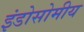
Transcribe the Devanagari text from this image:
इंडोसोमीय